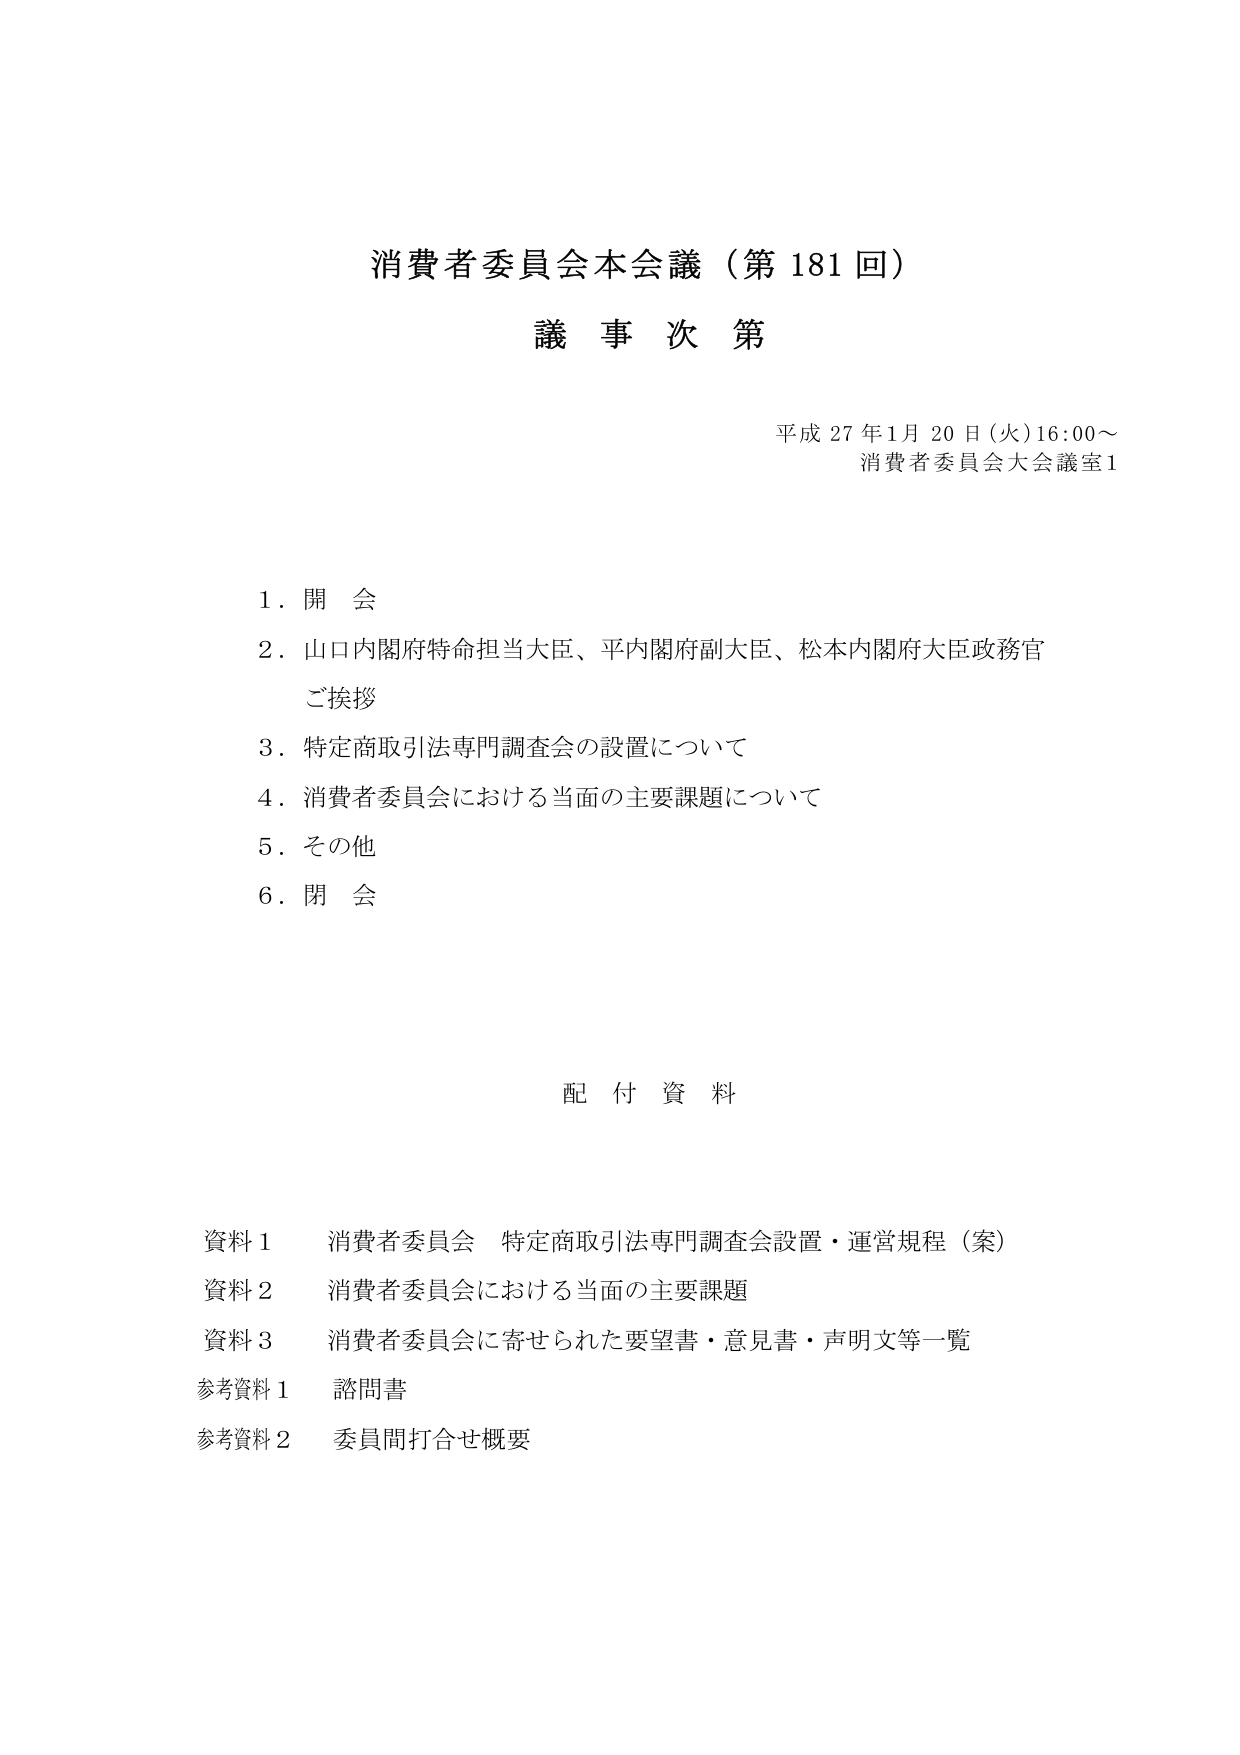
消費者委員会本会議（第181回）
議事次第

平成27年1月20日（火）16:00～
消費者委員会大会議室1

1．開会
2．山口内閣府特命担当大臣、平内閣府副大臣、松木内閣府大臣政務官
　ご挨拶
3．特定商取引法専門調査会の設置について
4．消費者委員会における当面の主要課題について
5．その他
6．閉会

配付資料

資料1　消費者委員会　特定商取引法専門調査会設置・運営規程（案）
資料2　消費者委員会における当面の主要課題
資料3　消費者委員会に寄せられた要望書・意見書・声明文等一覧
参考資料1　諮問書
参考資料2　委員間打合せ概要